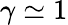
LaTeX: \gamma\simeq 1